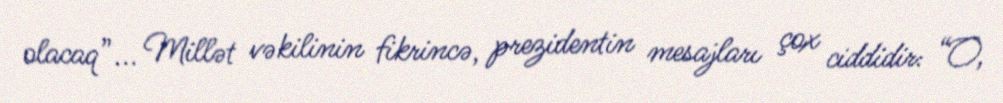
olacaq”... Millət vəkilinin fikrincə, prezidentin mesajları çox ciddidir: “O,